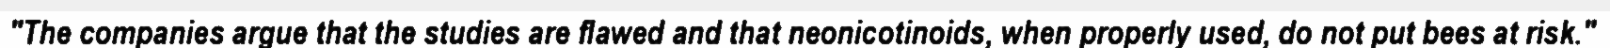
"The companies argue that the studies are flawed and that neonicotinoids, when properly used, do not put bees at risk."